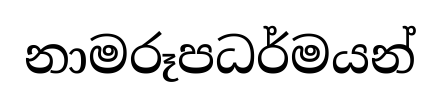
නාමරූපධර්මයන්